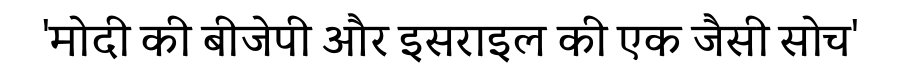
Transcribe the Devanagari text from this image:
'मोदी की बीजेपी और इसराइल की एक जैसी सोच'